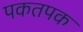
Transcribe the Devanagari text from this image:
पकतपक